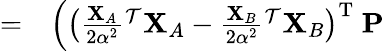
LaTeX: \begin{array}{rl}{=}&{{}\Big(\big(\frac{\mathbf{X}_{A}}{2\alpha^{2}}{}^{\mathcal{T}}\mathbf{X}_{A}-\frac{\mathbf{X}_{B}}{2\alpha^{2}}{}^{\mathcal{T}}\mathbf{X}_{B}\big)^{\mathrm{T}}\ \mathbf{P}}\end{array}